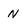
Character: N